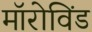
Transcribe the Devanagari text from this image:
मॉरोविंड